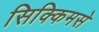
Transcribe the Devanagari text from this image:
सिक्किमसे